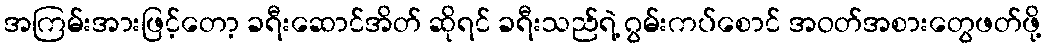
အကြမ်းအားဖြင့်တော့ ခရီးဆောင်အိတ် ဆိုရင် ခရီးသည်ရဲ့ ဂွမ်းကပ်စောင် အဝတ်အစားတွေဖတ်ဖို့